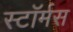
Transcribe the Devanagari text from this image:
स्टॉर्मस